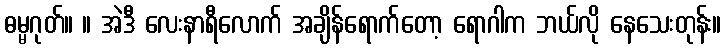
ဓမ္မဂုတ်။ ။ အဲဒီ လေးနာရီလောက် အချိန်ရောက်တော့ ရောဂါက ဘယ်လို နေသေးတုန်း။